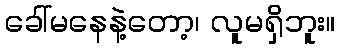
ခေါ်မနေနဲ့တော့၊ လူမရှိဘူး။